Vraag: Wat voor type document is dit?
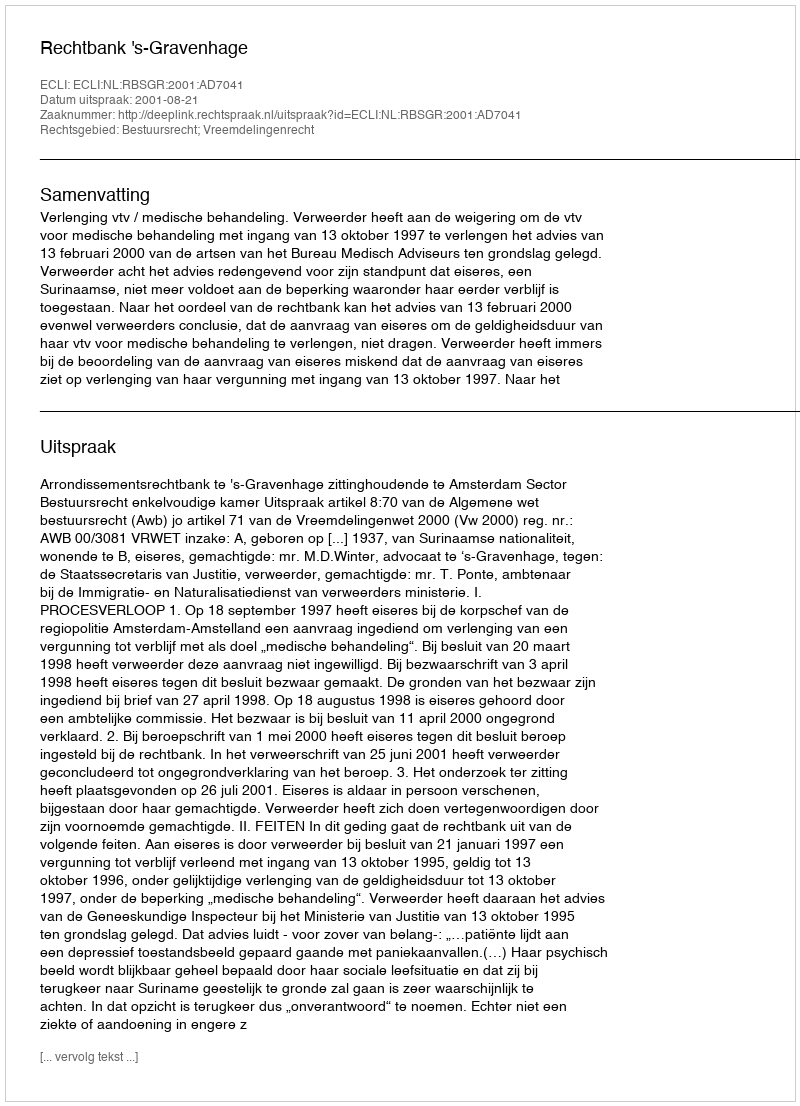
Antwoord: Uitspraak